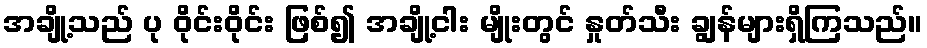
အချို့သည် ပု ဝိုင်းဝိုင်း ဖြစ်၍ အချို့ငါး မျိုးတွင် နှုတ်သီး ချွန်များရှိကြသည်။